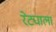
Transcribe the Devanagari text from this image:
रेट्याला